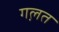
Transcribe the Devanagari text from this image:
गल़त